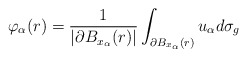
\begin{align*}\varphi_\alpha(r) =\frac{1}{|\partial B_{x_\alpha}(r)|} \int_{\partial B_{x_\alpha}(r)} u_\alpha d\sigma_g\end{align*}